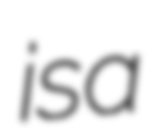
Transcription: is a